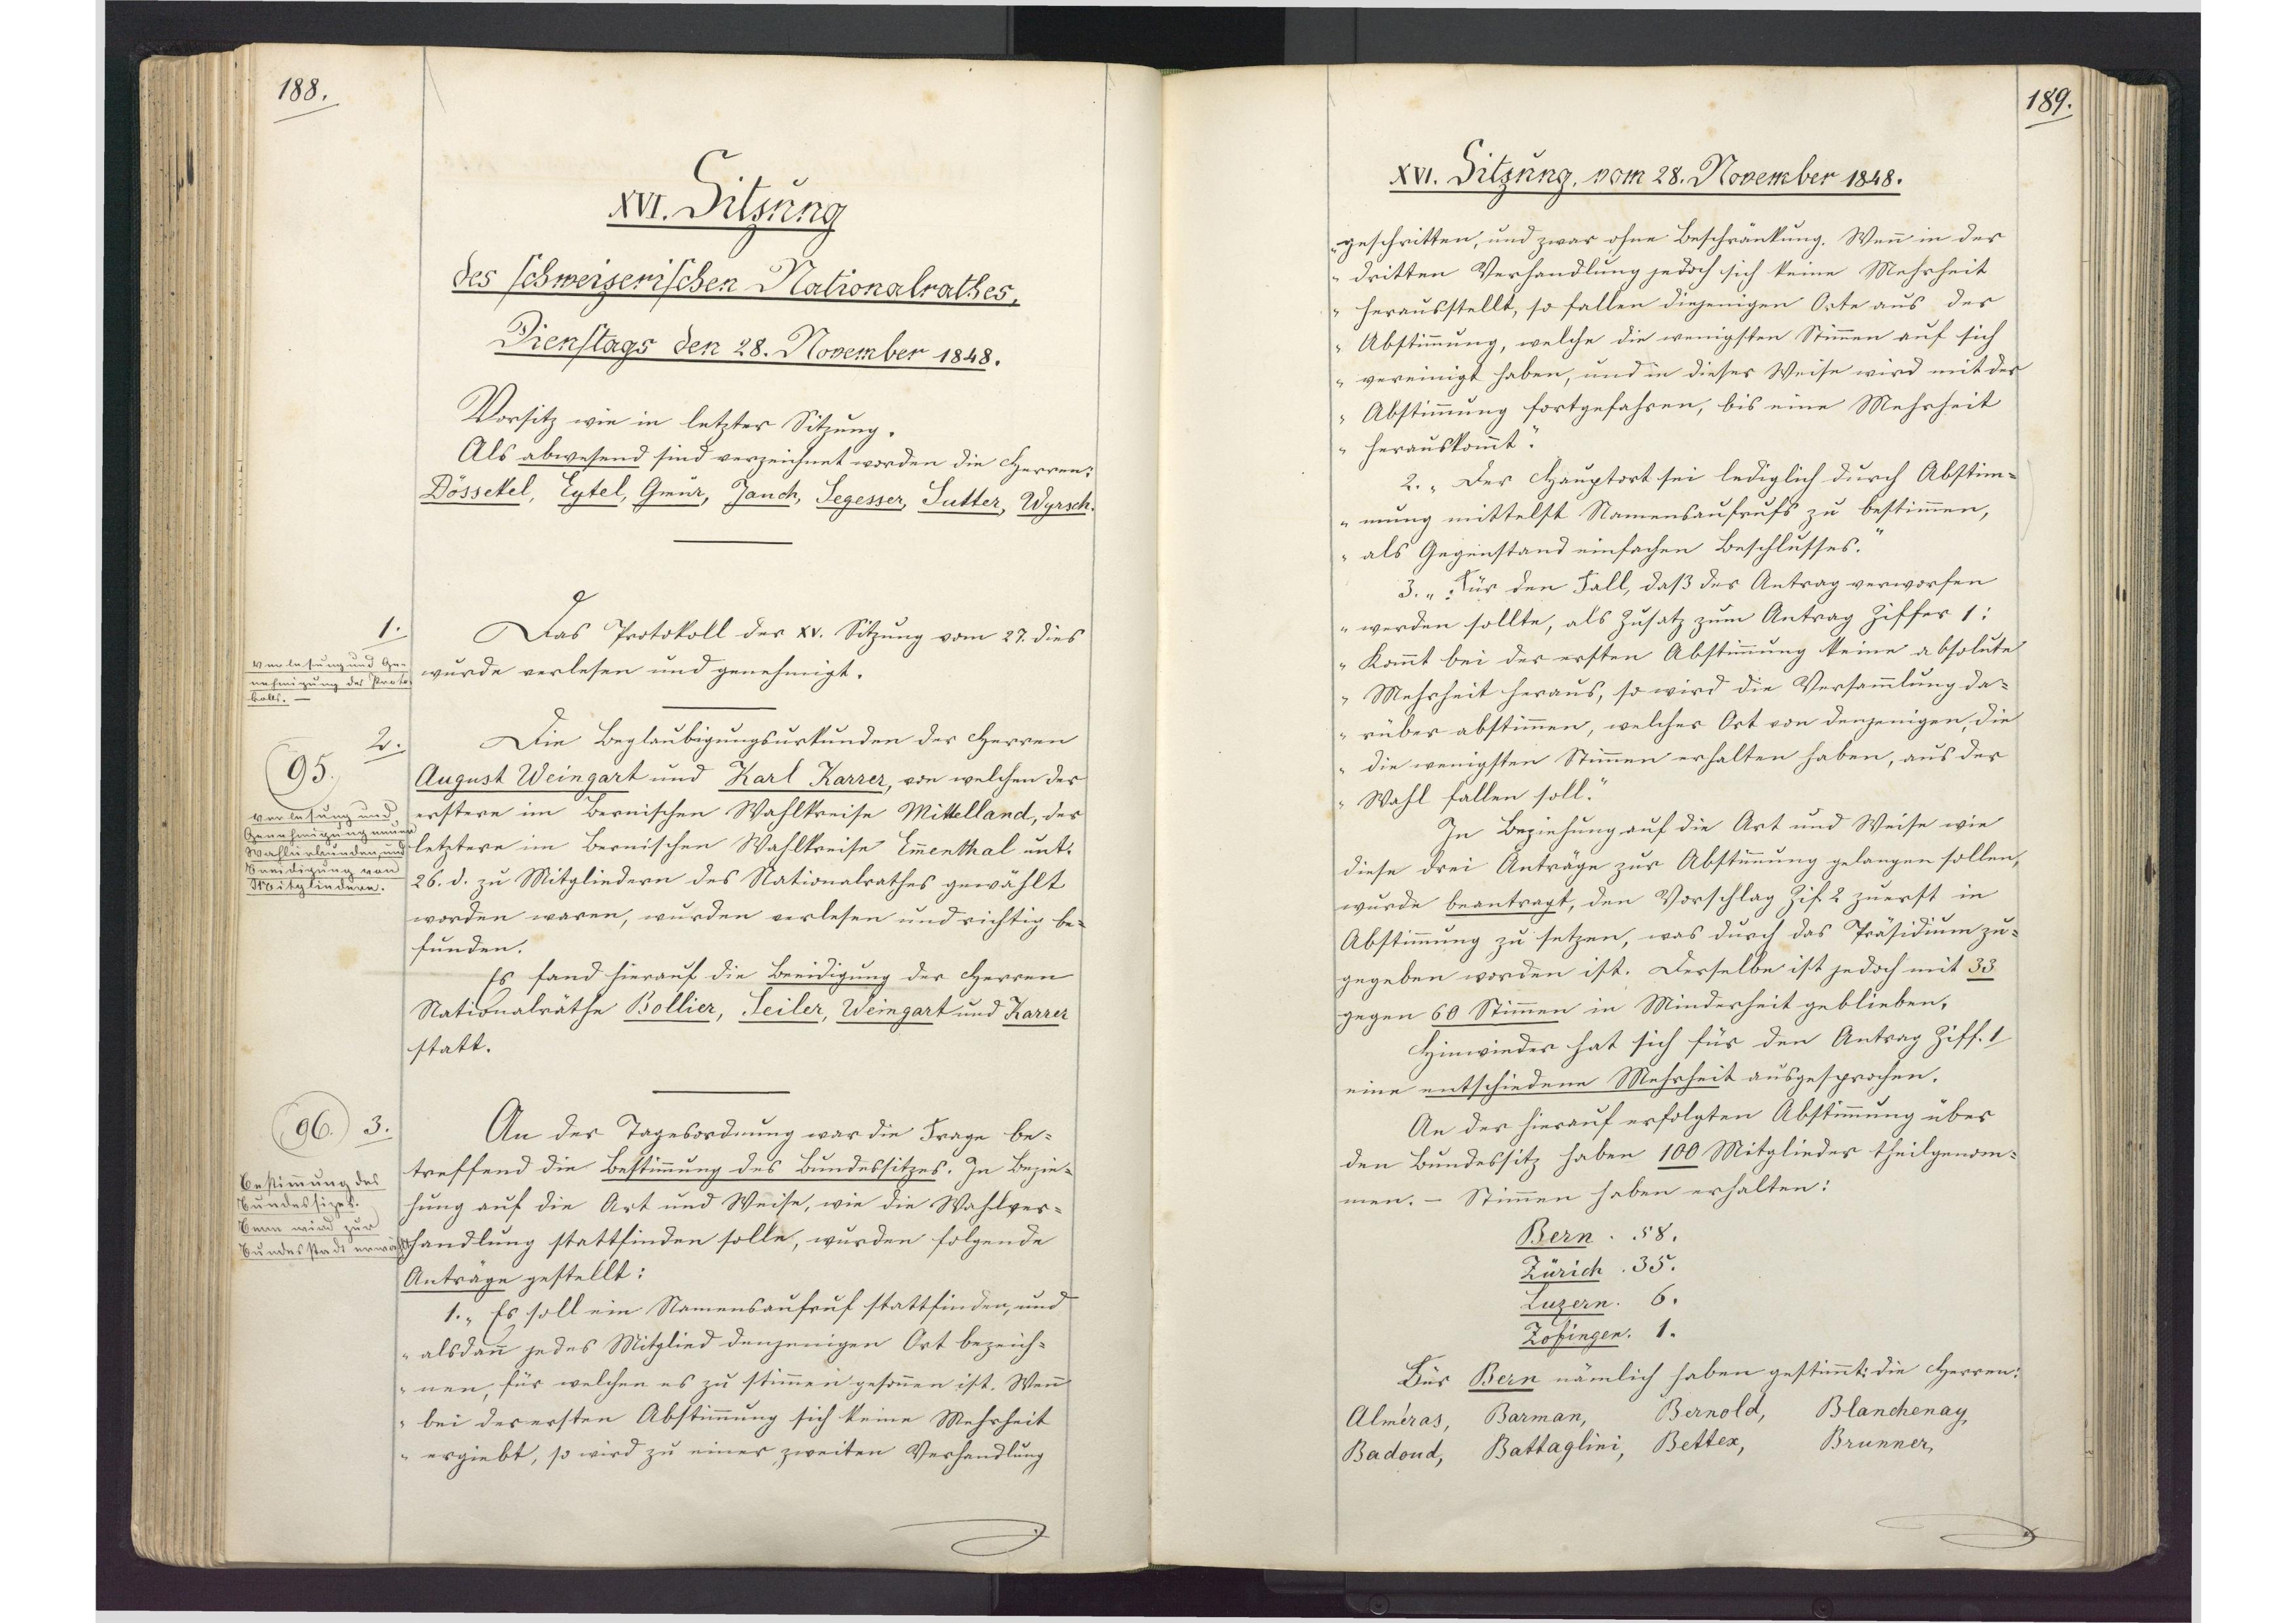
188.

XVI. Sitzung
des schweizerischen Nationalrathes,
Dienstags den 28. November 1848.

Vorsitz wie in letzter Sitzung.
Als abwesend sind verzeichnet worden die Herren
Dössekel, Eytel, Gmür, Jauch, Segesser, Sutter, Wyrsch.
Das Protokoll der XV. Sitzung vom 27. dies
wurde verlesen und genehmigt.
Die Beglaubigungsurkunden der Herren
August Weingart und Karl Karrer, von welchen der
erstere im bernischen Wahlkreise Mittelland, der
letztere im Bernischen Wahlkreise Emmenthal unt.
26. d. zu Mitgliedern des Nationalrathes gewählt
worden waren, wurden verlesen und richtig be¬
funden.
Es fand hierauf die Beeidigung der Herren
Nationalräthe Bollier, Seiler, Weingart und Karrer
statt.
An der Tagesordnung war die Frage be¬
treffend die Bestimmung des Bundessitzes. In Bezie¬
hung auf die Art und Weise, wie die Wahlver¬
handlung stattfinden solle, wurden folgende
Anträge gestellt:
1. "Es soll ein Namensaufruf stattfinden, und
alsdann jedes Mitglied denjenigen Ort bezeich¬
nen, für welchen es zu stimmen gesonnen ist. Wenn
bei der ersten Abstimmung sich keine Mehrheit
ergiebt, so wird zu einer zweiten Verhandlung

1.
Verlesung und Ge¬
nehmigung des Proto¬
kolls.

2.
95
Verlesung und
Genehmigung neuer
Wahlurkunden, und
Beeidigung von
Mitgliedern.

3.
96
Bestimmung des
Bundessizes.
Bern wird zur
Bundesstadt erwählt.

189.

XVI. Sitzung, vom 28. November 1848.

geschritten, und zwar ohne Beschränkung. Wenn in der
dritten Verhandlung jedoch sich keine Mehrheit
herausstellt, so fallen diejenigen Orte aus der
Abstimmung, welche die wenigsten Stimmen auf sich
vereinigt haben, und in dieser Weise wird mit der
Abstimmung fortgefahren, bis eine Mehrheit
herauskommt."
2. "Der Hauptort sei lediglich durch Abstim¬
mung mittelst Namensaufrufs zu bestimmen,
als Gegenstand einfachen Beschlusses."
3. "Für den Fall, daß der Antrag verworfen
werden sollte, als Zusatz zum Antrag Ziffer 1:
kommt bei der ersten Abstimmung keine absolute
Mehrheit heraus, so wird die Versammlung da¬
rüber abstimmen, welcher Ort von denjenigen, die
die wenigsten Stimmen erhalten haben, aus der
Wahl fallen soll."
In Beziehung auf die Art und Weise wie
diese drei Anträge zur Abstimmung gelangen sollen,
wurde beantragt, den Vorschlag Zif. 2 zuerst in
Abstimmung zu setzen, was durch das Präsidium zu¬
gegeben worden ist. Derselbe ist jedoch mit 33
gegen 60 Stimmen in Minderheit geblieben.
Hinwieder hat sich für den Antrag Ziff. 1
eine entschiedene Mehrheit ausgesprochen.
An der hierauf erfolgten Abstimmung über
den Bundessitz haben 100 Mitglieder theilgenom¬
men. - Stimmen haben erhalten:
Bern 58.
Zürich 35.
Luzern 6.
Zofingen 1.
Für Bern nämlich haben gestimmt: die Herren:
Alméras,
Barman,
Bernold,
Blanchenay,
Badoud,
Battaglini,
Bettex,
Brunner,